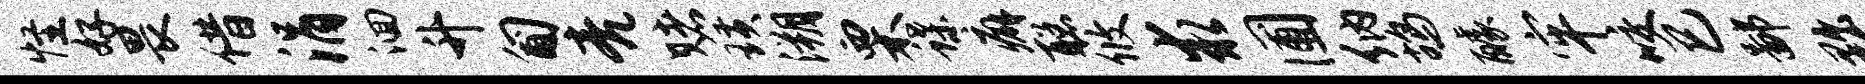
怪好畏借涓洄升匍亮赌璜溯栗蝶癖聪攸求圃纳鸪醵牢咬巳鄙黜